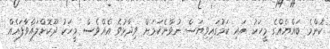
ކޮންމެ ބައްޔެއްގެ މީހަކު އައި ކަމުގައިވިޔަސް ނުވާނެކަމަށް ވިދާޅުވެ އެއްވެސް މީހަކު ދޫކޮށްލައްވާފައެއް